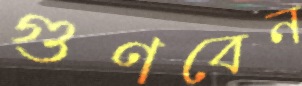
গুণবেন